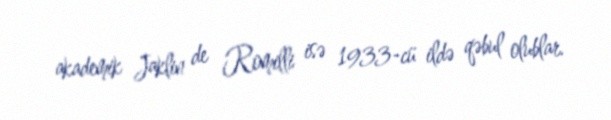
akademik Jaklin de Romilli isə 1933-cü ildə qəbul olublar.